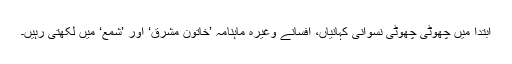
ابتدا میں چھوٹی چھوٹی نسوانی کہانیاں، افسانے وغیرہ ماہنامہ ’خاتون مشرق‘ اور ’شمع‘ میں لکھتی رہیں۔